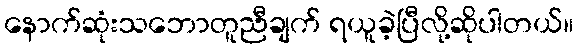
နောက်ဆုံးသဘောတူညီချက် ရယူခဲ့ပြီလို့ဆိုပါတယ်။